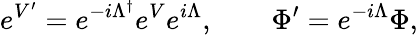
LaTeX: e^{V^{\prime}}=e^{-i\Lambda^{\dagger}}e^{V}e^{i\Lambda},\qquad\Phi^{\prime}=e^{-i\Lambda}\Phi,